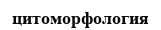
цитоморфология